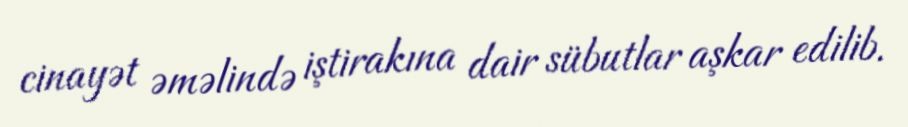
cinayət əməlində iştirakına dair sübutlar aşkar edilib.